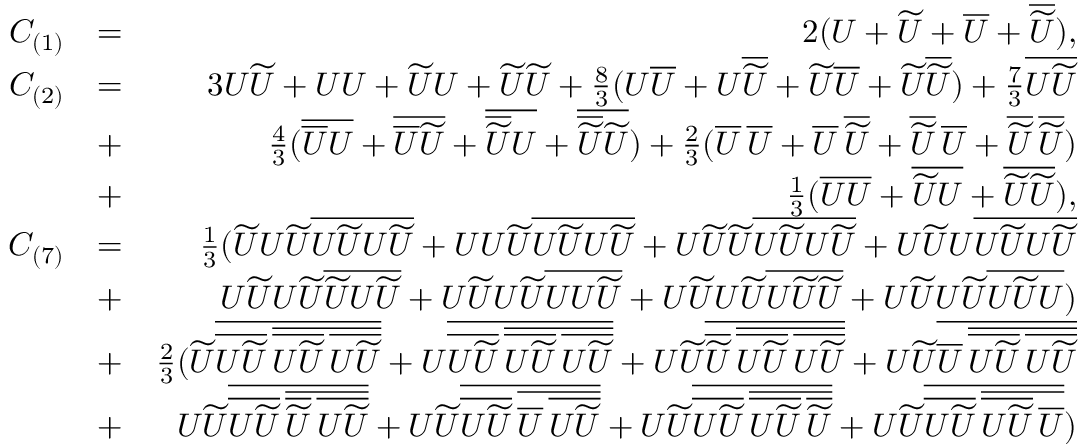
\begin{array} { r l r } { C _ { ( 1 ) } } & { = } & { 2 ( U + \widetilde { U } + \overline { { U } } + \overline { { \widetilde { U } } } ) , } \\ { C _ { ( 2 ) } } & { = } & { 3 U \widetilde { U } + U U + \widetilde { U } U + \widetilde { U } \widetilde { U } + \frac { 8 } { 3 } ( U \overline { { U } } + U \overline { { \widetilde { U } } } + \widetilde { U } \overline { { U } } + \widetilde { U } \overline { { \widetilde { U } } } ) + \frac { 7 } { 3 } \overline { { U \widetilde { U } } } } \\ & { + } & { \frac { 4 } { 3 } ( \overline { { \overline { { U } } U } } + \overline { { \overline { { U } } \widetilde { U } } } + \overline { { \overline { { \widetilde { U } } } U } } + \overline { { \overline { { \widetilde { U } } } \widetilde { U } } } ) + \frac { 2 } { 3 } ( \overline { { U } } \, \overline { { U } } + \overline { { U } } \, \overline { { \widetilde { U } } } + \overline { { \widetilde { U } } } \, \overline { { U } } + \overline { { \widetilde { U } } } \, \overline { { \widetilde { U } } } ) } \\ & { + } & { \frac { 1 } { 3 } ( \overline { { U U } } + \overline { { \widetilde { U } U } } + \overline { { \widetilde { U } \widetilde { U } } } ) , } \\ { C _ { ( 7 ) } } & { = } & { \frac { 1 } { 3 } ( \widetilde { U } U \widetilde { U } \overline { { U \widetilde { U } U \widetilde { U } } } + U U \widetilde { U } \overline { { U \widetilde { U } U \widetilde { U } } } + U \widetilde { U } \widetilde { U } \overline { { U \widetilde { U } U \widetilde { U } } } + U \widetilde { U } U \overline { { U \widetilde { U } U \widetilde { U } } } } \\ & { + } & { U \widetilde { U } U \widetilde { U } \overline { { \widetilde { U } U \widetilde { U } } } + U \widetilde { U } U \widetilde { U } \overline { { U U \widetilde { U } } } + U \widetilde { U } U \widetilde { U } \overline { { U \widetilde { U } \widetilde { U } } } + U \widetilde { U } U \widetilde { U } \overline { { U \widetilde { U } U } } ) } \\ & { + } & { \frac { 2 } { 3 } ( \widetilde { U } \overline { { \overline { { U \widetilde { U } } } \, \overline { { \overline { { U \widetilde { U } } } \, \overline { { U \widetilde { U } } } } } } } + U \overline { { \overline { { U \widetilde { U } } } \, \overline { { \overline { { U \widetilde { U } } } \, \overline { { U \widetilde { U } } } } } } } + U \widetilde { U } \overline { { \overline { { \widetilde { U } } } \, \overline { { \overline { { U \widetilde { U } } } \, \overline { { U \widetilde { U } } } } } } } + U \widetilde { U } \overline { { \overline { { U } } \, \overline { { \overline { { U \widetilde { U } } } \, \overline { { U \widetilde { U } } } } } } } } \\ & { + } & { U \widetilde { U } \overline { { \overline { { U \widetilde { U } } } \, \overline { { \overline { { \widetilde { U } } } \, \overline { { U \widetilde { U } } } } } } } + U \widetilde { U } \overline { { \overline { { U \widetilde { U } } } \, \overline { { \overline { { U } } \, \overline { { U \widetilde { U } } } } } } } + U \widetilde { U } \overline { { \overline { { U \widetilde { U } } } \, \overline { { \overline { { U \widetilde { U } } } \, \overline { { \widetilde { U } } } } } } } + U \widetilde { U } \overline { { \overline { { U \widetilde { U } } } \, \overline { { \overline { { U \widetilde { U } } } \, \overline { { U } } } } } } ) } \end{array}